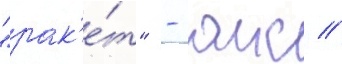
"рак'е́т" - аис //